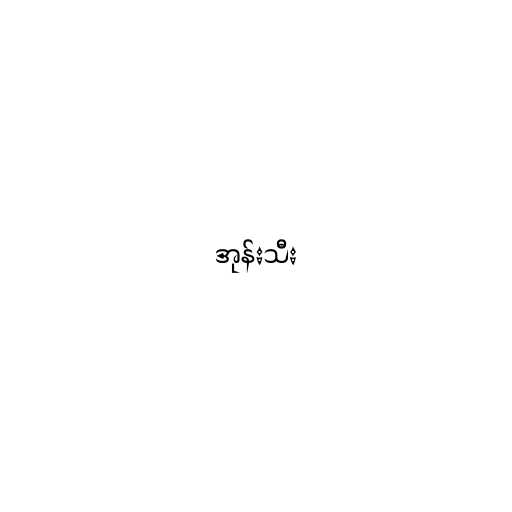
အုန်းသီး